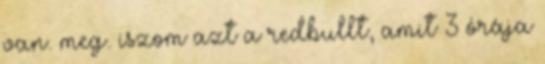
van. meg. iszom azt a redbullt, amit 3 órája